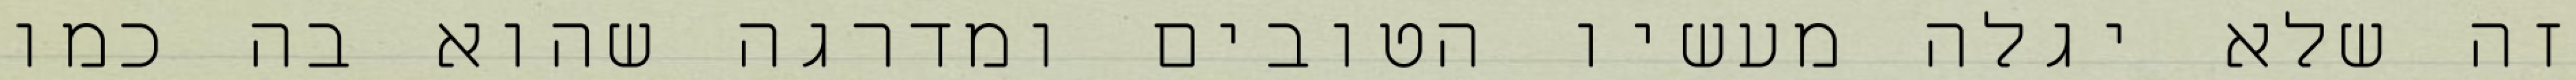
זה שלא יגלה מעשיו הטובים ומדרגה שהוא בה כמו